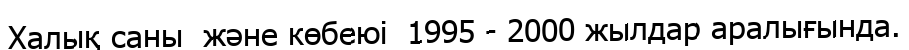
Халық саны  және көбеюі  1995 - 2000 жылдар аралығында.